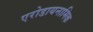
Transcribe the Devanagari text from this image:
एरोडायनामिक